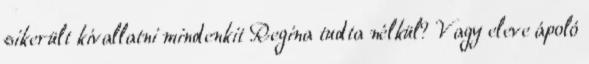
sikerült kivallatni mindenkit Regina tudta nélkül? Vagy eleve ápoló